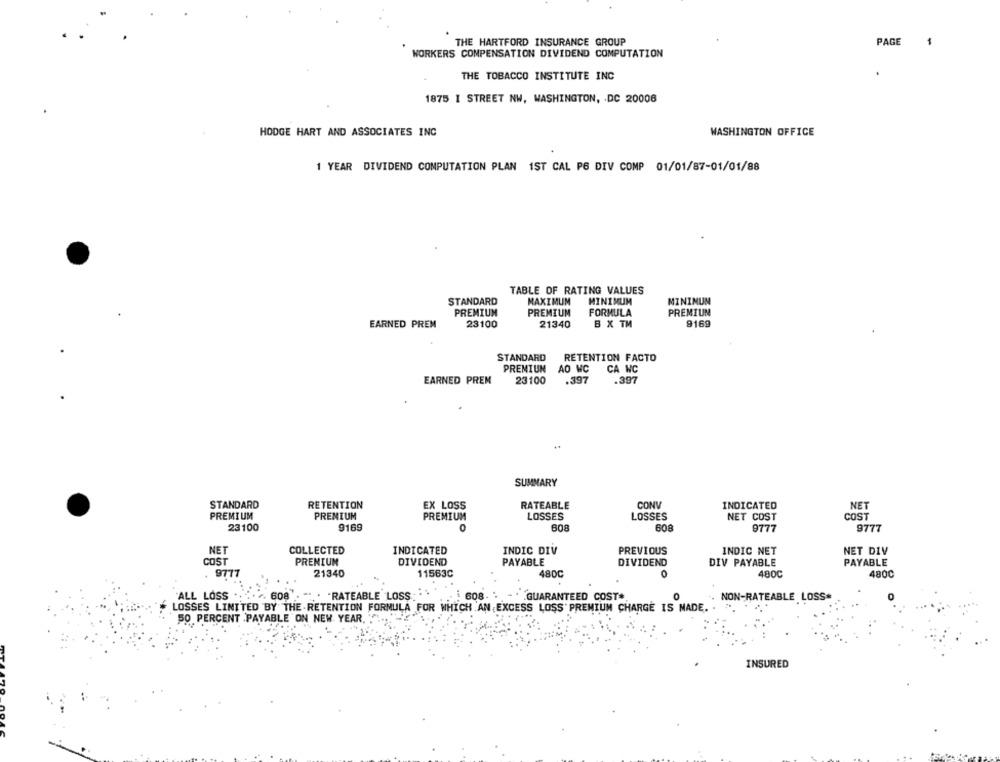
THE HARTFORD INSURANCE GROUP
PAGE
WORKERS COMPENSATION DIVIDEND COMPUTATION
THE TOBACCO INSTITUTE INC
1875 I STREET NW, WASHINGTON, DC 20008
HODGE HART AND ASSOCIATES INC
WASHINGTON OFFICE
1 YEAR DIVIDEND COMPUTATION PLAN 1ST CAL PE DIV COMP 01/01/87-01/01/88
TABLE OF RATING VALUES
STANDARD
MAXIMUM
MINIMUM
MININUN
PREMIUN
PREMIUM
FORMULA
PREMIUM
EARNED PREM
23100
21340
B X TM
9169
STANDARD
RETENTION FACTO
PREMIUN AO WC
CA WC
EARNED PREM
23100
.397
.397
..
SUMMARY
STANDARD
RETENTION
CONV
EX LOSS
RATEABLE
INDICATED
NET
PREMIUM
PRENIUM
PREMIUM
LOSSES
LOSSES
NET COST
COST
23100
9169
608
9777
608
9777
NET
COLLECTED
INDICATED
INDIC DIV
PREVIOUS
INDIC NET
NET DIV
COST
PREMIUM
DIVIDEND
PAYABLE
DIVIDEND
DIV PAYABLE
PAYABLE
. 9777
21340
11563C
480C
480C
4800
ALL LOSS
. 608 . .. . RATEABLE LOSS:
608.
GUARANTEED COST*
NON-RATEABLE LOSS*
LOSSES LINTTED BY THE-RETENTION FORMULA FOR WHICH AN EXCESS LOSS' PREMIUM CHARGE IS MADE.
50 PERCENT .PAYABLE ON NEW YEAR,
INSURED